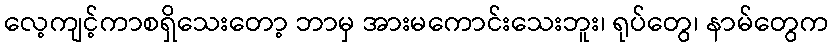
လေ့ကျင့်ကာစရှိသေးတော့ ဘာမှ အားမကောင်းသေးဘူး၊ ရုပ်တွေ၊ နာမ်တွေက